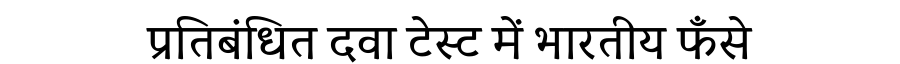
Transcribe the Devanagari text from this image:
प्रतिबंधित दवा टेस्ट में भारतीय फँसे